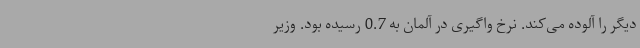
دیگر را آلوده می‌کند. نرخ واگیری در آلمان به 0.7 رسیده بود. وزیر